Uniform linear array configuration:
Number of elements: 12
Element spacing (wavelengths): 1
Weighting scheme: hamming
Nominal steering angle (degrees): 60
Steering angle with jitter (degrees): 59.872
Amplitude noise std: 0.05
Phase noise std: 0.05

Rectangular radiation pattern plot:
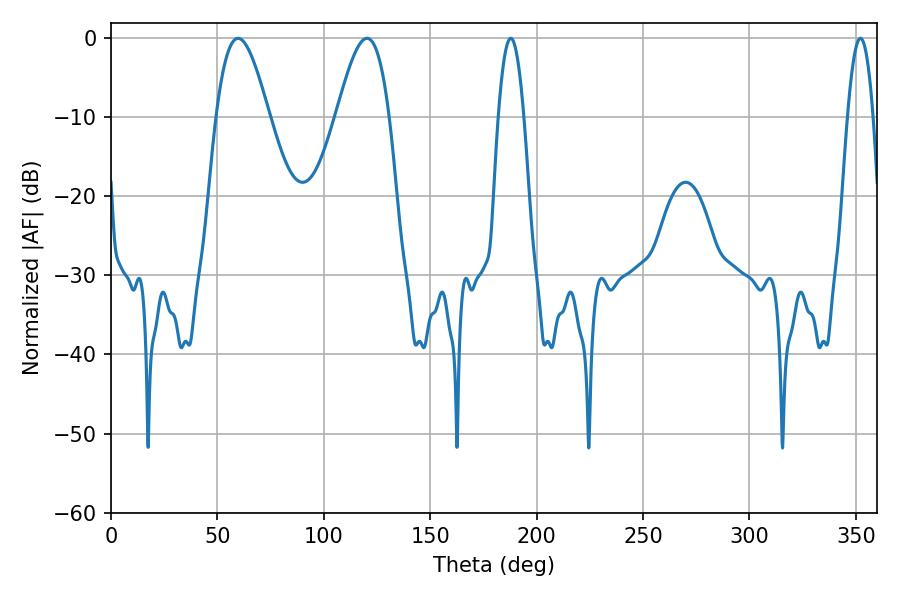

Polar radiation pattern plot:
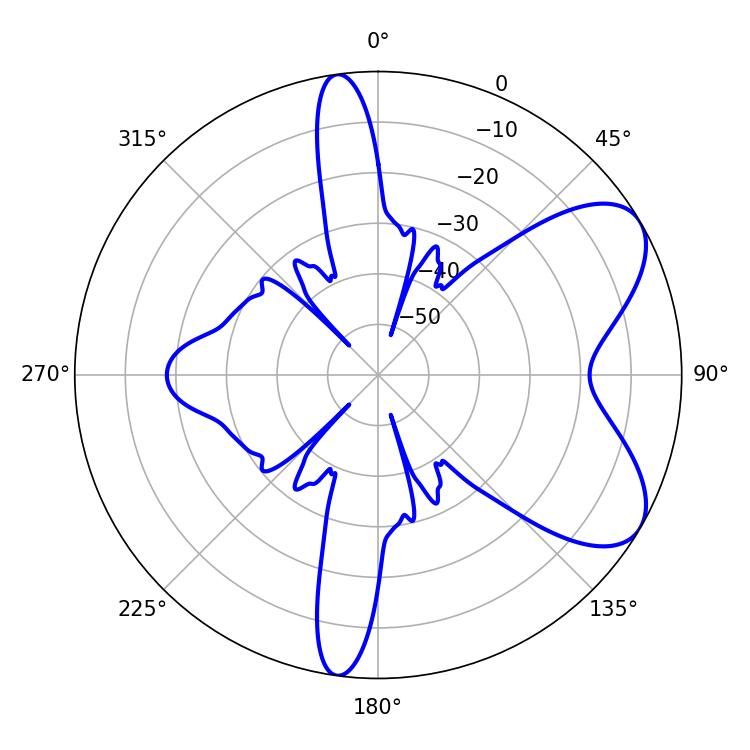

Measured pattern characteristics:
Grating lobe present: TRUE
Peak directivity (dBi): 6.852
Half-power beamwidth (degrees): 13.32
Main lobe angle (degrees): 59.76